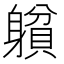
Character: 𨉺